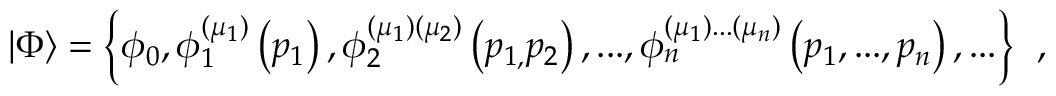
\left| \Phi \right\rangle = \left\{ \phi _ { 0 } , \phi _ { 1 } ^ { ( \mu _ { 1 } ) } \left( p _ { 1 } \right) , \phi _ { 2 } ^ { ( \mu _ { 1 } ) ( \mu _ { 2 } ) } \left( p _ { 1 , } p _ { 2 } \right) , . . . , \phi _ { n } ^ { ( \mu _ { 1 } ) . . . ( \mu _ { n } ) } \left( p _ { 1 } , . . . , p _ { n } \right) , . . . \right\} \; \, ,